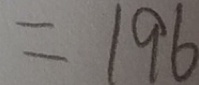
= 1 9 6